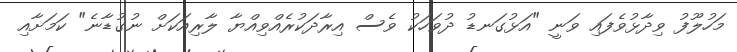
މަހުލޫފު ވިދާޅުވެފައި ވަނީ "އަޅުގަނޑު ދުވަހަކު ވެސް އިރާދަކުރެއްވިއްޔާ ލާރިއަކަށް ނުގުޑާނެ" ކަމަށާއި